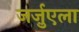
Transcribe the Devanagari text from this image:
जर्ज़ुएला